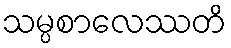
သမ္ပစာလေဿတိ